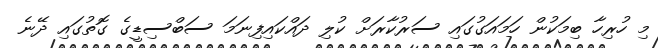
މި ހުރިހާ ބިމަކުން ހަމައަގުގައި ސަރުކާރަށް ކުލި ދައްކައިފިނަމަ ސަބްސިޑީގެ ގޮތުގައި ދޭނެ